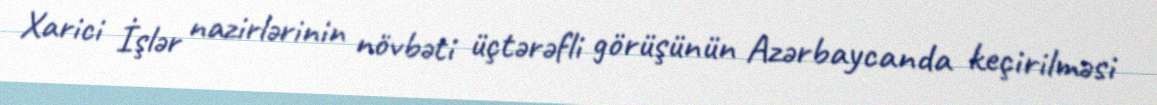
Xarici İşlər nazirlərinin növbəti üçtərəfli görüşünün Azərbaycanda keçirilməsi